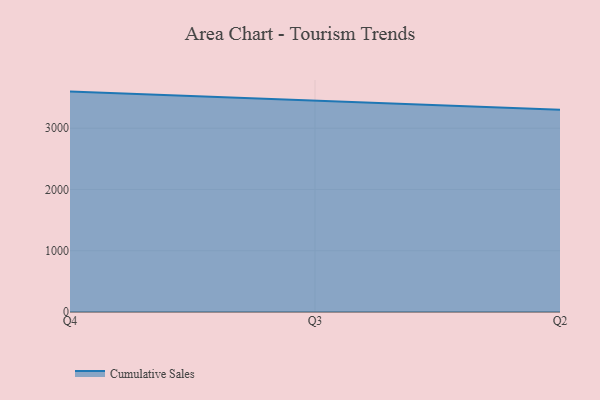
{"axis": {"x": "Quarter", "y": "Waste Production (Tons)"}, "legend": ["Cumulative Sales"], "data": [{"x": "Q4", "y": 3597.3, "type": "Cumulative Sales"}, {"x": "Q3", "y": 3446.7, "type": "Cumulative Sales"}, {"x": "Q2", "y": 3299.6, "type": "Cumulative Sales"}]}